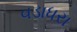
વડાધરા